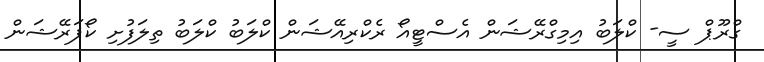
ގްރޫޕް ސީ- ކްލަބު އިމިގްރޭޝަން އެސްޓީއޯ ރެކްރިއޭޝަން ކްލަބު ކްލަބު ތިލަފުށި ކޯޕަރޭޝަން